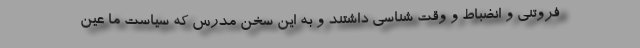
فروتنی و انضباط و وقت شناسی داشتند و به این سخن مدرس که سیاست ما عین